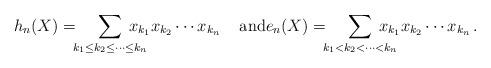
LaTeX: \begin{align*}h_n(X) = \hskip-1ex \sum_{k_1 \le k_2 \le \cdots \le k_n}\hskip-3ex x_{k_1} x_{k_2}\cdots x_{k_n}\, \quad\mbox{and} e_n(X) = \hskip-1ex \sum_{k_1 < k_2 < \cdots < k_n} \hskip-3ex x_{k_1} x_{k_2}\cdots x_{k_n}\,. \end{align*}